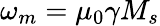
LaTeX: \omega_{m}=\mu_{0}\gamma M_{s}